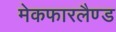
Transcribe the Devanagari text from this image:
मेकफारलैण्ड